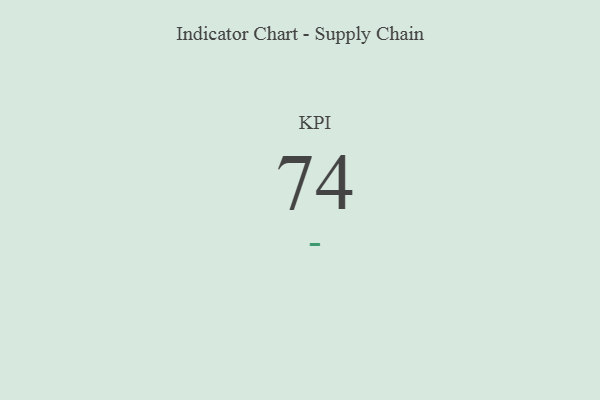
{"axis": {"x": "KPI", "y": "Value"}, "legend": [""], "data": [{"x": "KPI", "y": 74, "type": ""}]}